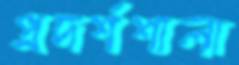
প্রদর্শশালা